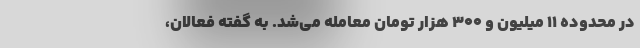
در محدوده ۱۱ میلیون و ۳۰۰ هزار تومان معامله می‌شد. به گفته فعالان،